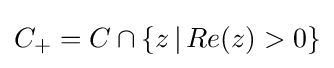
C_{+}=C\cap \left\{z\,\vert \,Re(z)>0\right\}